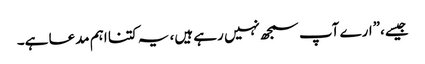
جیسے،”ارے آپ سمجھ نہیں رہے ہیں، یہ کتنا اہم مدعا ہے۔